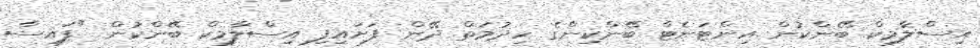
އިސްލާމިކް ބޭންކުން އިންޓަނެޓް ބޭންކިންގެ ހިދުމަތް ދޭން ފަށައިފި އިސްލާމިކް ބޭންކުން "ފައިސާ